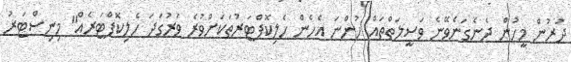
ދުރުން މީހުން ދެނެގަނެވޭނެ ވަސީލަތްތައް ހުންނަ އެހެން ހެލިކޮޕްޓަރުތަކަށްވުރެ ވަރުގަދަ ހެލިކޮޕްޓަރެއް" މިނިސްޓަރު